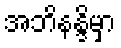
အဘိနန္ဒိမှာ